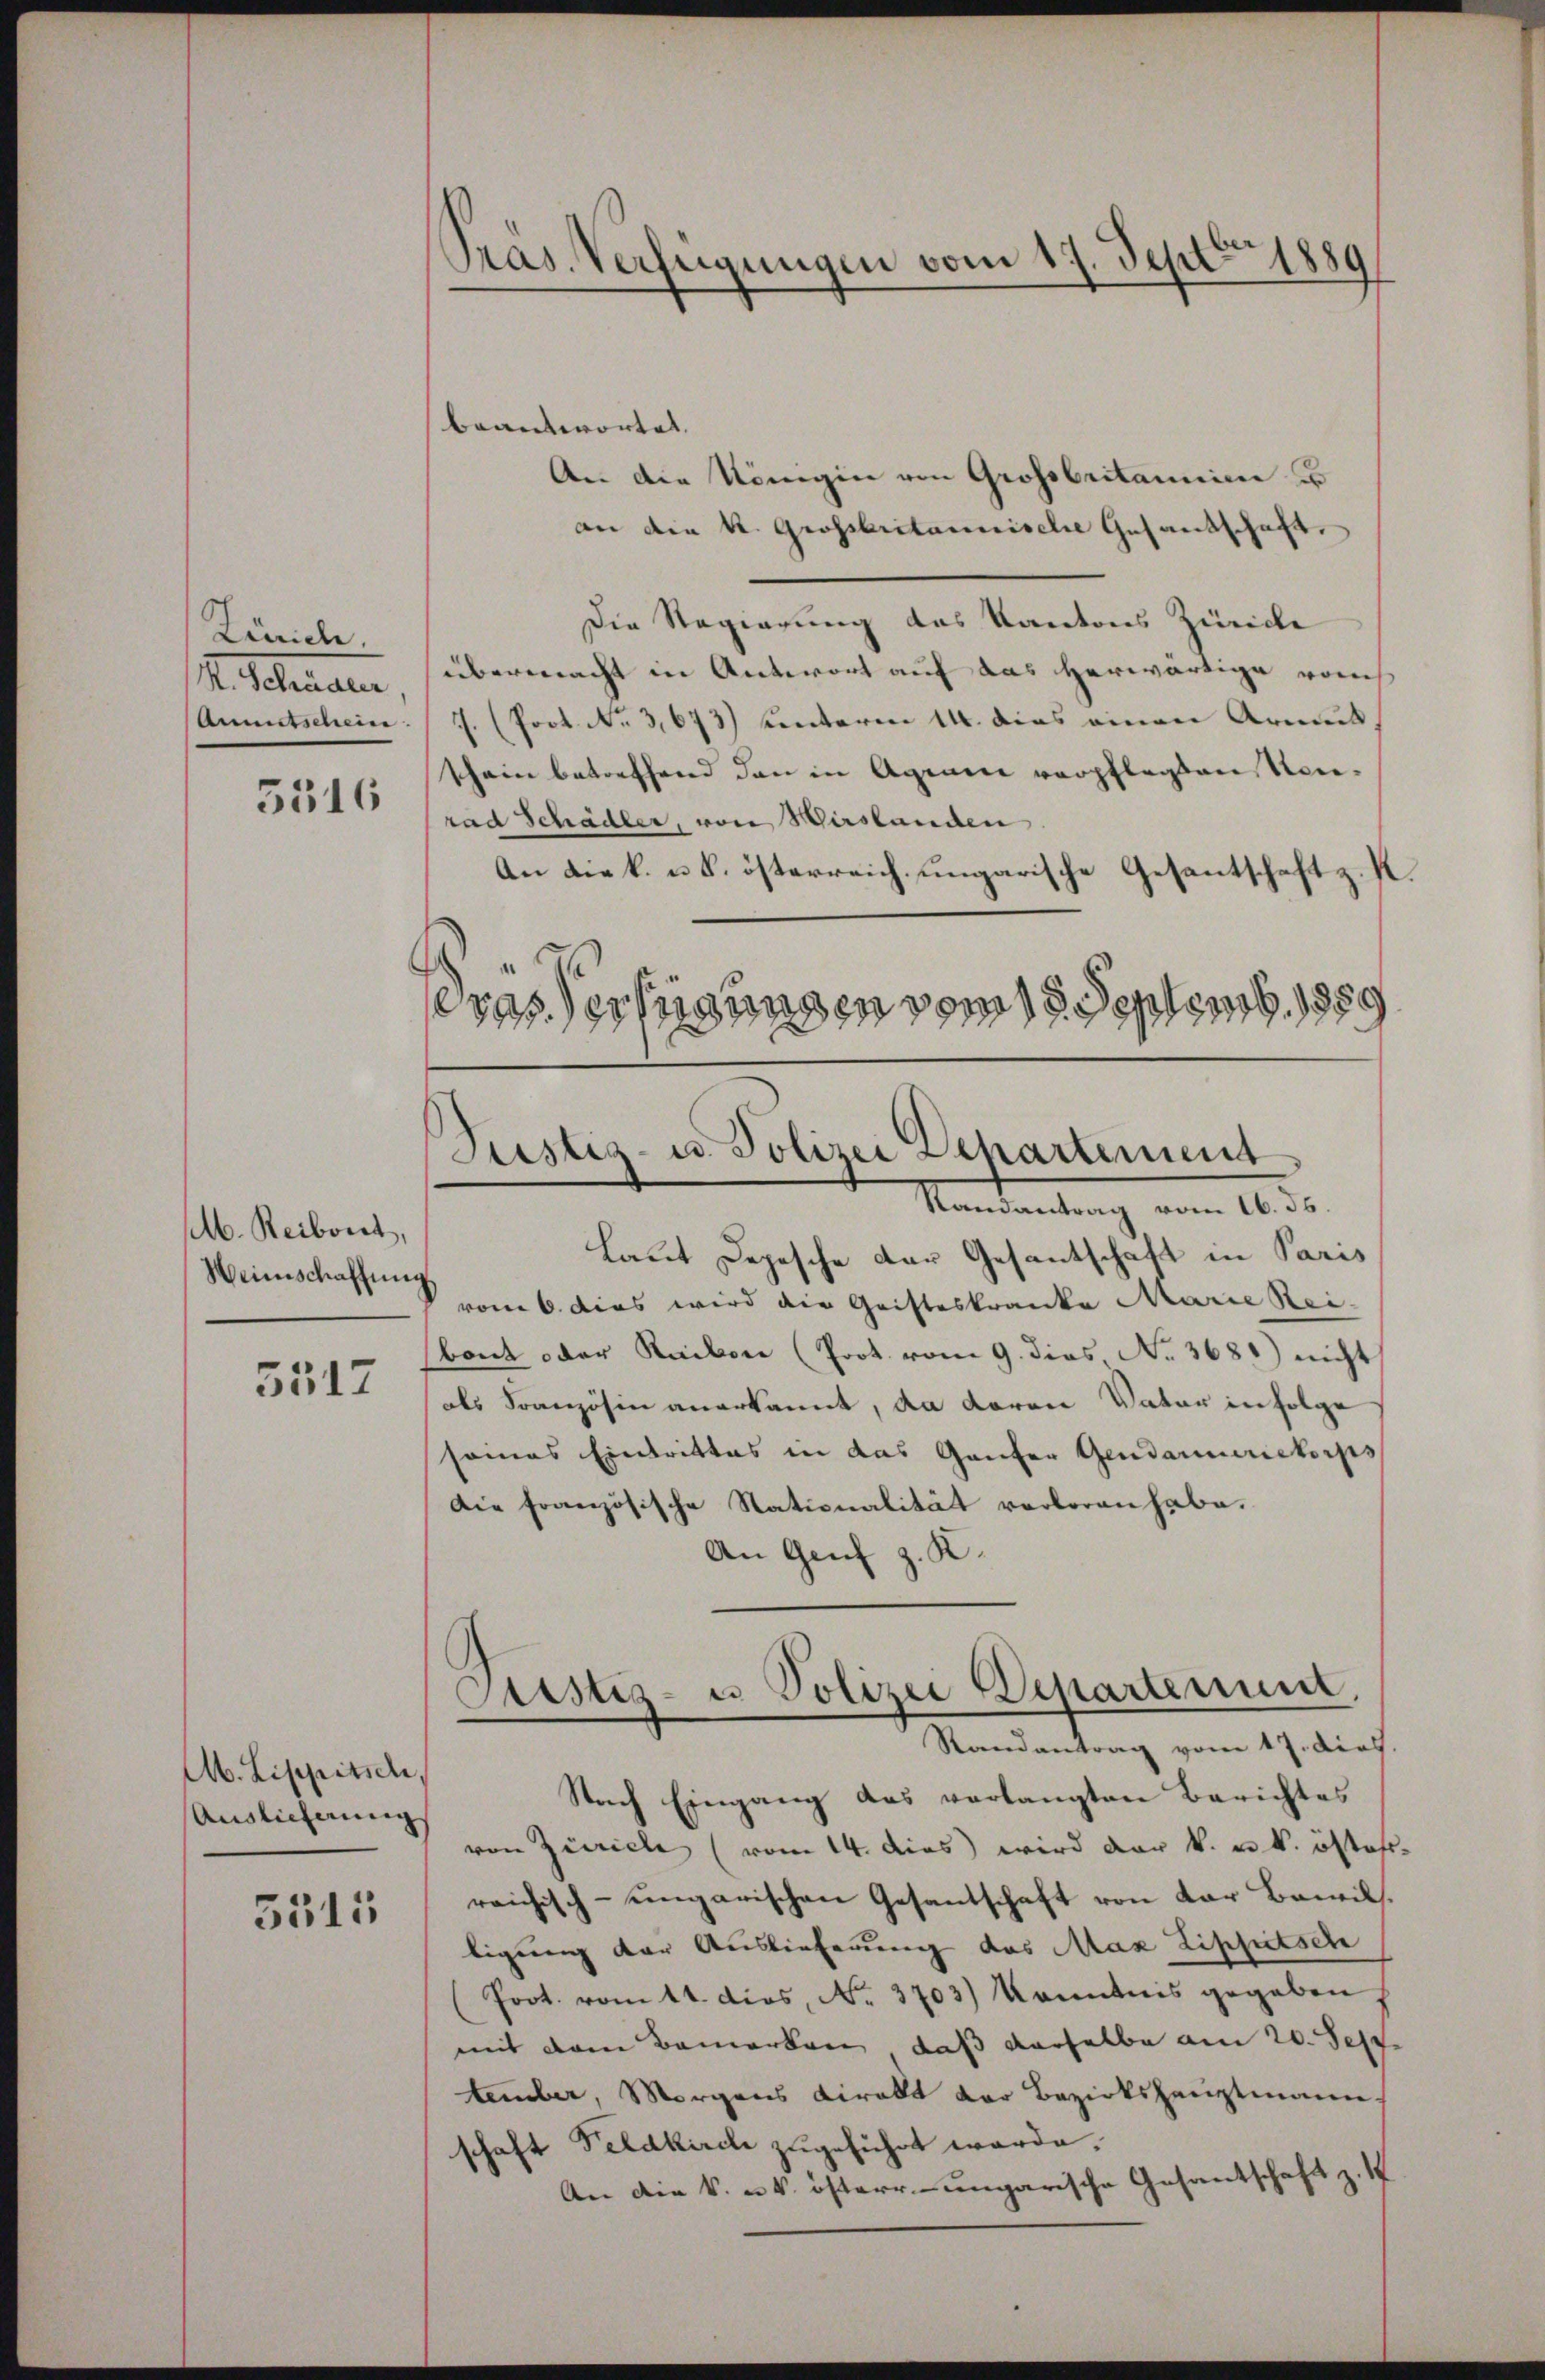
Zürich.
R. Schenrate
5316

M. Reibort,
Weinschaffung

5512

beantwortet.
An die Königin von Grossbritarii u
an die K. Grossbritannische Gesandschaft,
Die Regierung des Kantons Zürich
übermacht in Antwort auf das herwärtige rauch
(Amtschein: 1. (Prot. No 3,673) unteren 14. dies einen Armut
schein betreffend den in Agram verpflegten Vorrad Schädler, von Hirslanden
An Liek. u. k. österreich ungarische Gesantschaft z. P.
vas Verfügungen vom 18. Septemb. 1889

Ab. Lippitsch,
Auslicherung

5315

Präs. Verfügungen vom 17. Septbr. 1889

Justiz- u. Polizei Departement
Mandantung vom 16. ds.

Justiz- u Polizei Departement,
Randantrag vom 17. dief.

Laut Depesche der Gesantschaft in Paris
vom 6. dies wird die Gristeskranke Marie Rei-
bout oder Kaisen (Prot. vom 9. dies, No. 3681) nicht
als Französin anerkannt, da daran Vater in Folge
seines Eintrittes in das Ganter Gendarmerikorps
Die Französische Nationalität verloren habe.
An Genf z. K.
Nach Eingang das verlangten Berichtes
von Zürich (vom 14. dies wird der k. u. k. östers
reichisch-ungarischen Gesantschaft von der Bewilligung der Auslieferung das Max Zipputsch
Prot. vom 14. dies, No. 3703) Kenntnis gegeben
mit dem Bemerken, daß derselbe am 20. Sep
tember, Morgens viralt der Bezirkshauptmann,
schaft Feldkirch zugeführt werde.
An die k. k. österr.-ungarische Gesantschaft z. 1